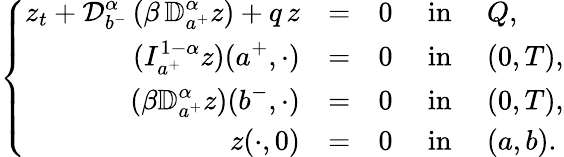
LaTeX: \left\{ \begin{array}{rlllllllll}{z_{t}+\displaystyle{\mathcal D}_{b^{-}}^{\alpha}\, (\beta\, {\mathbb D}_{a^{+}}^{\alpha}z)+q\, z}&{=}&{0}&{\mathrm{~in~}}&{Q,}\\ {\displaystyle(I_{a^{+}}^{1-\alpha}z)(a^{+},\cdot)}&{=}&{0}&{\mathrm{~in~}}&{(0,T),}\\ {\displaystyle(\beta{\mathbb D}_{a^{+}}^{\alpha}z)(b^{-},\cdot)}&{=}&{0}&{\mathrm{~in~}}&{(0,T),}\\ {z(\cdot,0)}&{=}&{0}&{\mathrm{~in~}}&{(a,b).}\end{array}\right.